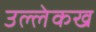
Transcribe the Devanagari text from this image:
उल्लेकख